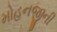
મોહનજીની